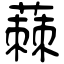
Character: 蕀